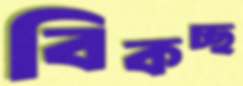
বিকচ্ছ